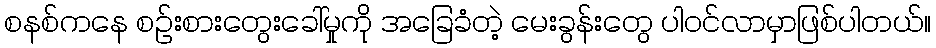
စနစ်ကနေ စဉ်းစားတွေးခေါ်မှုကို အခြေခံတဲ့ မေးခွန်းတွေ ပါဝင်လာမှာဖြစ်ပါတယ်။